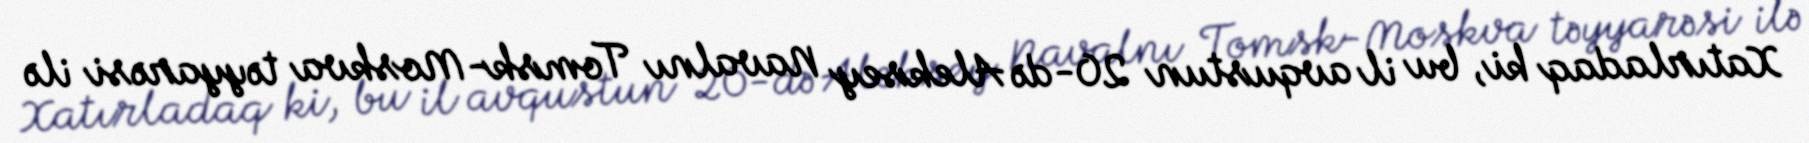
Xatırladaq ki, bu il avqustun 20-də Aleksey Navalnı Tomsk-Moskva təyyarəsi ilə